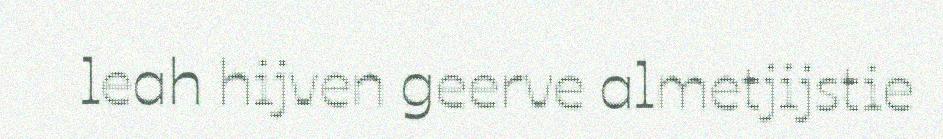
leah hijven geerve almetjijstie